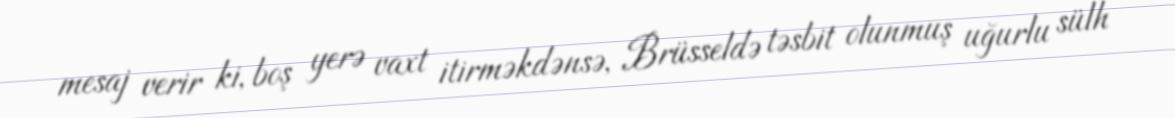
mesaj verir ki, boş yerə vaxt itirməkdənsə, Brüsseldə təsbit olunmuş uğurlu sülh